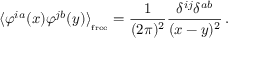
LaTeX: \langle \varphi ^ { i a } ( x ) \varphi ^ { j b } ( y ) \rangle _ { _ { \mathrm { f r e e } } } = \frac { 1 } { ( 2 \pi ) ^ { 2 } } \frac { \delta ^ { i j } \delta ^ { a b } } { ( x - y ) ^ { 2 } } \, .